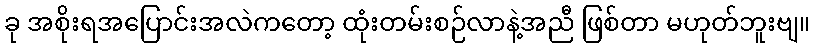
ခု အစိုးရအပြောင်းအလဲကတော့ ထုံးတမ်းစဉ်လာနဲ့အညီ ဖြစ်တာ မဟုတ်ဘူးဗျ။